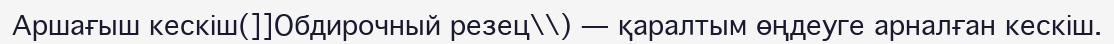
Аршағыш кескіш(]]Обдирочный резец\\) — қаралтым өңдеуге арналған кескіш.